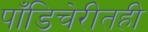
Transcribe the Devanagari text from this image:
पाँडिचेरीतही